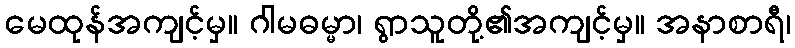
မေထုန်အကျင့်မှ။ ဂါမဓမ္မာ၊ ရွာသူတို့၏အကျင့်မှ။ အနာစာရီ၊